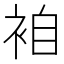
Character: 𮕼